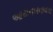
આયનબનાવવા